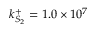
k _ { S _ { 2 } } ^ { + } = 1 . 0 \times 1 0 ^ { 7 }